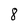
Character: 8